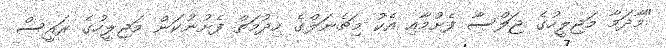
"މާދަމާ މަޖިލީހުގެ ޖަލްސާ ފެށުމާއި އެކު މިޗެނަލްގެ ހިދުމަތް ފެށުނުކަން މަޖިލީހުގެ ރައީސް